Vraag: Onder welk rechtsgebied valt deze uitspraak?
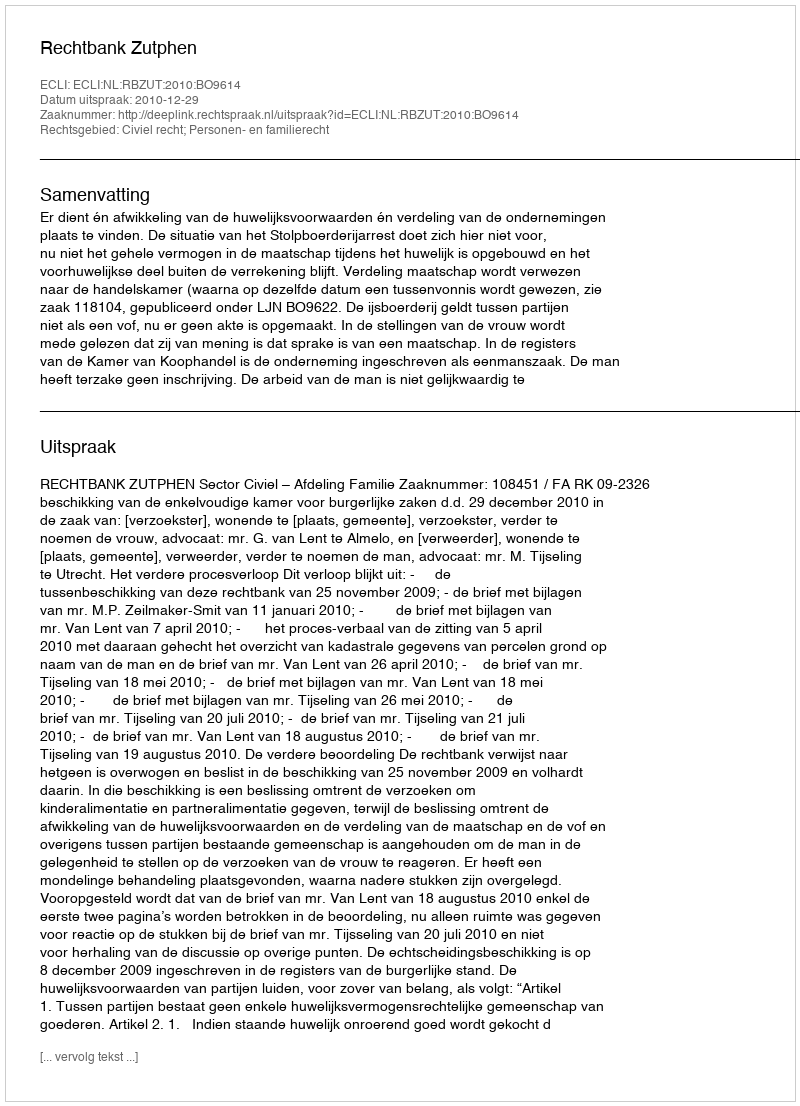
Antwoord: Civiel recht; Personen- en familierecht